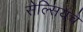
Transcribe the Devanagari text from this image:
सेल्सियचे